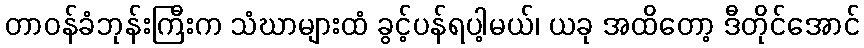
တာဝန်ခံဘုန်းကြီးက သံဃာများထံ ခွင့်ပန်ရပါ့မယ်၊ ယခု အထိတော့ ဒီတိုင်အောင်